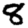
Digit: 8